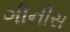
ગીનીસ